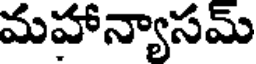
మహాన్యాసమ్